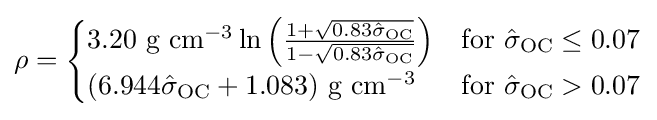
\rho ={\begin{cases}3.20{\text{ g cm}}^{-3}\ln \left({\frac {1+{\sqrt {0.83{\hat {\sigma }}_{\text{OC}}}}}{1-{\sqrt {0.83{\hat {\sigma }}_{\text{OC}}}}}}\right)&{\text{for }}{\hat {\sigma }}_{\text{OC}}\leq 0.07\\(6.944{\hat {\sigma }}_{\text{OC}}+1.083){\text{ g cm}}^{-3}&{\text{for }}{\hat {\sigma }}_{\text{OC}}>0.07\end{cases}}